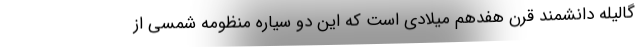
گالیله دانشمند قرن هفدهم میلادی است که این دو سیاره منظومه شمسی از